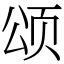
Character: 颂